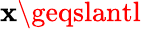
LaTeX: \mathbf{x}\geqslantl